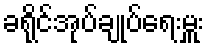
ခရိုင်အုပ်ချုပ်ရေးမှူး